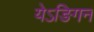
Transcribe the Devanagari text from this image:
येऽङिगनं